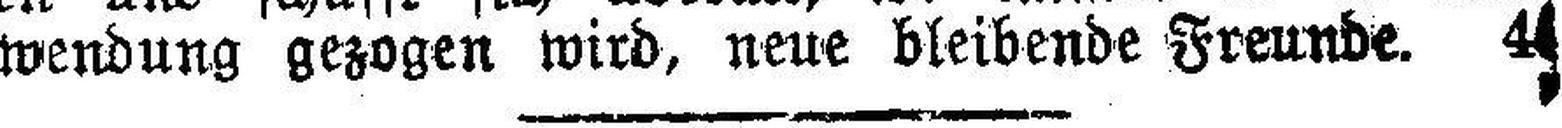
wendung gezogen wird, neue bleibende Freunde. 4###